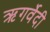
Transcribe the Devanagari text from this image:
ऋगर्वेदी